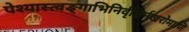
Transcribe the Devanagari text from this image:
पेश्यास्त्वङ्गाभिनिर्वृत्तिर्नखरोमाणि